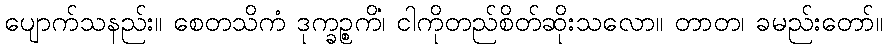
ပျောက်သနည်း။ စေတသိကံ ဒုက္ခဉ္စကိံ၊ ငါကိုတည်စိတ်ဆိုးသလော။ တာတ၊ ခမည်းတော်။